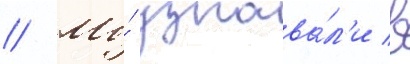
// Мы́ узнава́л'и в